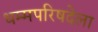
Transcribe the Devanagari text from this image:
धम्मपरिषदेला